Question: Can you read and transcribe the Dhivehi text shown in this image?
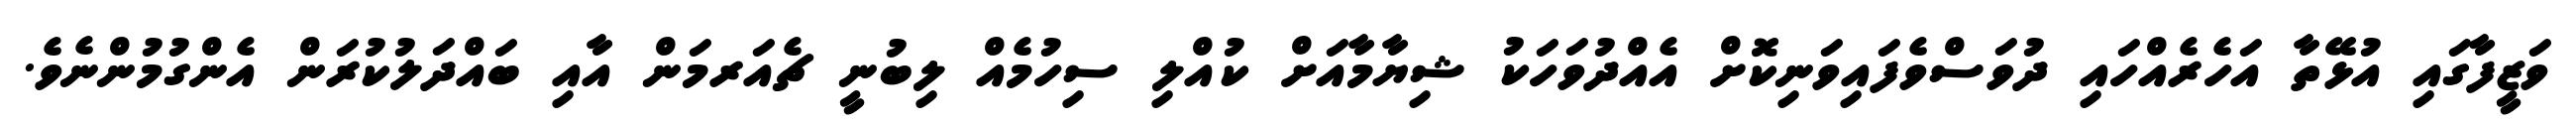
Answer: ވަޒީފާގައި އުޅޭތާ އަހެރެއްހައި ދުވަސްވެފައިވަނިކޮށް އެއްދުވަހަކު ޝިޔާމާއަށް ކުއްލި ސިހުމެއް ލިބުނީ ޗެއަރމަން އާއި ބައްދަލުކުރަން އެންގުމުންނެވެ.